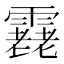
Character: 𩅯